Indian journal of veterinary science and animal husbandry - Volumes 22-23, 1952-1953
Year: 1952
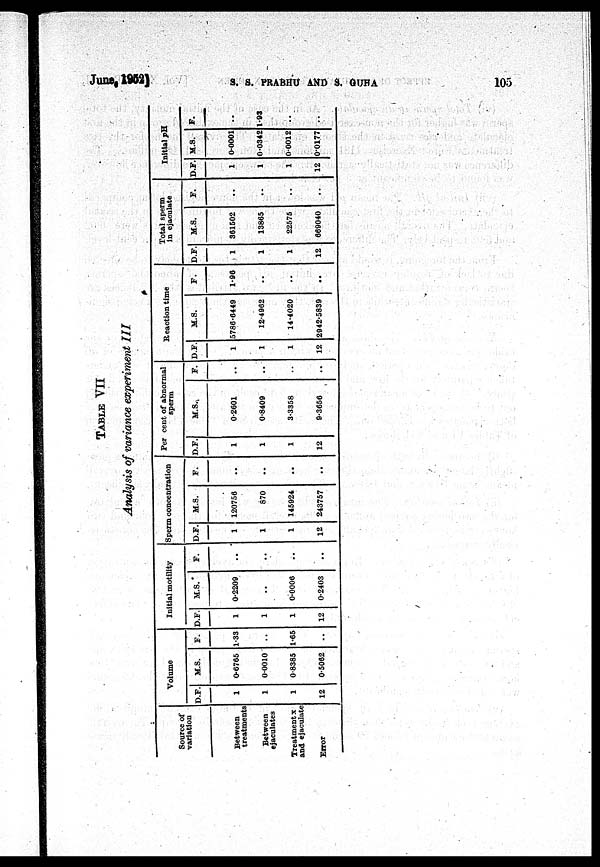
June,
1952)
S.
S.
PRABHU
AND
S.
GUHA
105
TABLE VII
Analysis of variance experiment III
Source of
variation
Between
treatments
Between
ejaculates
Treatment x
and ejaculate
Error
Volume
D.F.
1
1
1
12
M.S.
0.6765
0.0010
0.8385
0.5062
F.
1.33
..
1.65
..
Initial motility
D.F.
1
1
1
12
M.S.
0.2209
..
0.0006
0.2403
F.
..
..
..
..
Sperm concentration
D.F.
1
1
1
12
M.S.
120756
870
145924
243757
F.
..
..
..
..
Per cent of abnormal
sperm
D.F.
1
1
1
12
M.S.
0.2601
0.8409
3.3358
9.3656
F.
..
..
..
..
Reaction time
D.F.
1
1
1
12
M.S.
5786.6449
12.4962
14.4020
2942.5839
F.
1.96
..
..
..
Total sperm
in ejaculate
D.F.
1
1
1
12
M.S.
361502
13865
22575
669040
F.
..
..
..
..
Initial pH
D.F.
1
1
1
12
M.S.
0.0001
0.0342
0.0012
0.0177
F.
..
1.93
..
..